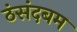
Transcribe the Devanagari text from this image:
ठंसंदबम